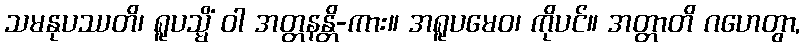
သမနုပဿတိ၊ ရူပသ္မိံ ဝါ အတ္တနန္တိ-ကား။ အရူပမေဝ၊ ကိုပင်။ အတ္တာတိ ဂဟေတွာ,